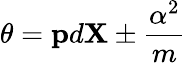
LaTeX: \theta={\mathbf p}d{\mathbf X}\pm{\frac{\alpha^{2}}{m}}